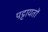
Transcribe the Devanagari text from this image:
पट्टायतों